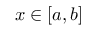
x \in [ a , b ]